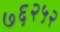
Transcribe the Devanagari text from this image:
७६२५२